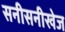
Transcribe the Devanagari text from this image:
सनीसनीखेज